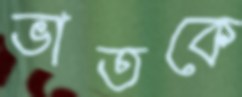
ভাতকে